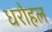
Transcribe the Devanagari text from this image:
धरोहल